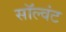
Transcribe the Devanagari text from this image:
सॉल्वंट